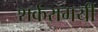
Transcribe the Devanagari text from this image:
शर्करामयी